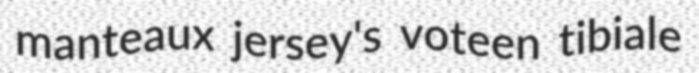
manteaux jersey's voteen tibiale